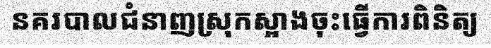
នគរបាលជំនាញស្រុកស្អាងចុះធ្វើការពិនិត្យ